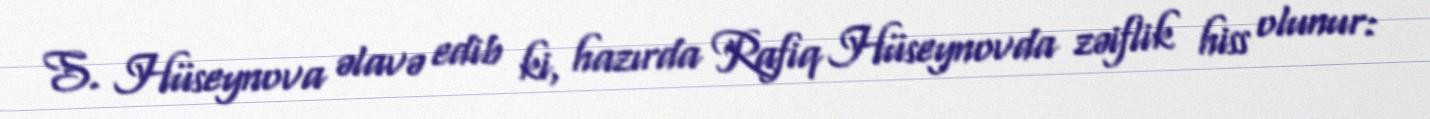
S. Hüseynova əlavə edib ki, hazırda Rafiq Hüseynovda zəiflik hiss olunur: